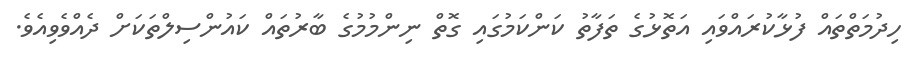
ހިދުމަތްތައް ފުޅާކުރައްވައި އަތޮޅުގެ ތަފާތު ކަންކަމުގައި ގޮތް ނިންމުމުގެ ބާރުތައް ކައުންސިލްތަކަށް ދެއްވެވިއެވެ.